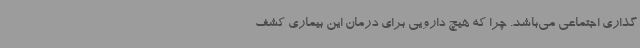
گذاری اجتماعی می‌باشد. چرا که هیچ دارویی برای درمان این بیماری کشف